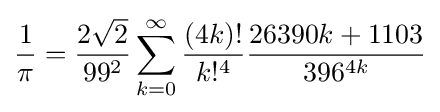
{\frac {1}{\pi }}={\frac {2{\sqrt {2}}}{99^{2}}}\sum _{k=0}^{\infty }{\frac {(4k)!}{k!^{4}}}{\frac {26390k+1103}{396^{4k}}}